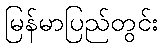
မြန်မာပြည်တွင်း